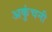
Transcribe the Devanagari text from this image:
अकुंचनी